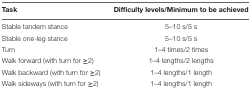
<table><thead><tr><td><b>Task</b></td><td><b>Difficulty levels/Minimum to be achieved</b></td></tr></thead><tbody><tr><td>Stable tandem stance</td><td>5–10 s/5 s</td></tr><tr><td>Stable one-leg stance</td><td>5–10 s/5 s</td></tr><tr><td>Turn</td><td>1–4 times/2 times</td></tr><tr><td>Walk forward (with turn for <b>≥</b>2)</td><td>1–4 lengths/2 lengths</td></tr><tr><td>Walk backward (with turn for <b>≥</b>2)</td><td>1–4 lengths/1 length</td></tr><tr><td>Walk sideways (with turn for <b>≥</b>2)</td><td>1–4 lengths/1 length</td></tr></tbody></table>